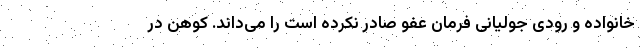
خانواده و رودی جولیانی فرمان عفو صادر نکرده است را می‌داند. کوهن در